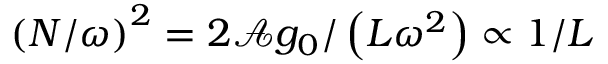
\left( N / \omega \right) ^ { 2 } = 2 \mathcal { A } g _ { 0 } / \left( L \omega ^ { 2 } \right) \propto 1 / L